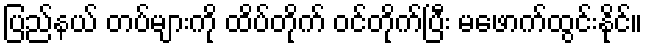
ပြည်နယ် တပ်များကို ထိပ်တိုက် ဝင်တိုက်ပြီး မဖောက်ထွင်းနိုင်။